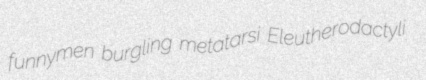
funnymen burgling metatarsi Eleutherodactyli